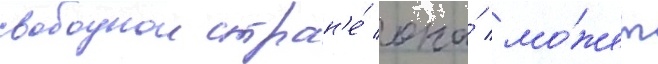
свободнои стран'е́ она́ мо́жет